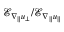
\mathcal { E } _ { \nabla _ { \| } u _ { \perp } } / \mathcal { E } _ { \nabla _ { \| } u _ { \| } }